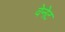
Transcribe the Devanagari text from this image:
वेनेट